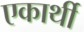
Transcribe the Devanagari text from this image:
एकार्थी